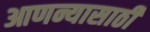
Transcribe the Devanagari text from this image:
आणन्यासाठी